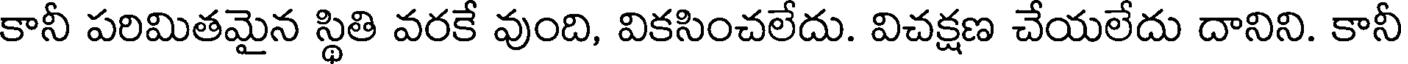
కానీ పరిమితమైన స్థితి వరకే వుంది, వికసించలేదు. విచక్షణ చేయలేదు దానిని. కానీ